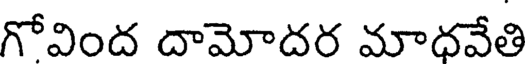
గోవింద దామోదర మాధవేతి